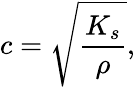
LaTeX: c={\sqrt{\frac{K_{s}}{\rho}}},